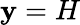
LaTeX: \mathbf{y}=H